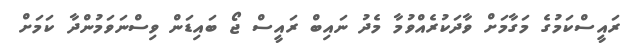
ރައީސްކަމުގެ މަގާމަށް ވާދަކުރެއްވުމާ މެދު ނައިބް ރައީސް ޖޯ ބައިޑަން ވިސްނަވަމުންދާ ކަމަށް